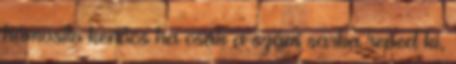
hámosító kenőcs ha csak a szám sarka reped ki,